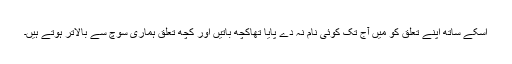
اُسکے ساتھ اپنے تعلق کو میں آج تک کوئی نام نہ دے پایا تھاکچھ باتیں اور کچھ تعلق ہماری سوچ سے بالاتر ہوتے ہیں۔